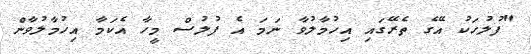
"ފުލުހަކު އޭގެ ތެރޭގައި އިހުމާލުވާ ނަމަ އެ ފުލުސް މީހާ އެކަމާ އިހުމާލުވާން